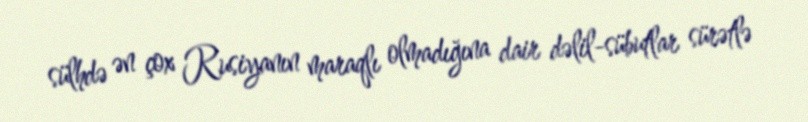
sülhdə ən çox Rusiyanın maraqlı olmadığına dair dəlil-sübutlar sürətlə